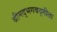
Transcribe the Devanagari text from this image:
श्रीमद्‌भगवद्‍गीता